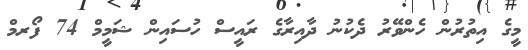
މީގެ އިތުރުން ހެންވޭރު ދެކުނު ދާއިރާގެ ރައީސް ހުސައިން ޝަމީމް 74 ފޯރމް